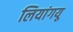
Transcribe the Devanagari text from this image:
लियांगयू